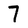
Character: 7